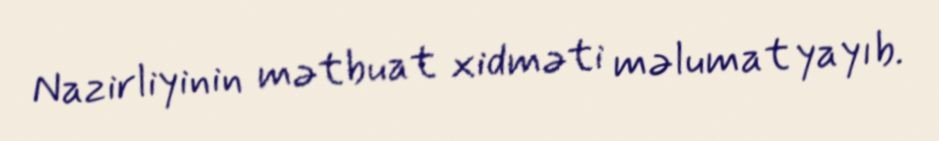
Nazirliyinin mətbuat xidməti məlumat yayıb.